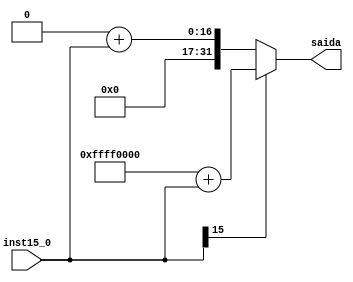
module SignExtend16to32(
  input wire [15:0] inst15_0,

  output reg [31:0] saida
);
  always @(*) begin
    saida = (inst15_0[15] == 0) ? (32'b00000000000000000000000000000000 + inst15_0) : (32'b11111111111111110000000000000000 + inst15_0);
  end
endmodule